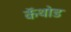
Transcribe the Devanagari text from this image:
कॅथोड